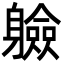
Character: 𮜼